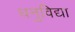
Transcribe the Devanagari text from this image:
धनुविद्या